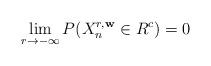
LaTeX: \begin{align*}\lim_{r \to -\infty}P(X_n^{r, \mathbf{w}}\in {R}^c)=0\end{align*}